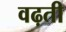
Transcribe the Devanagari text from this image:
वढ़ती